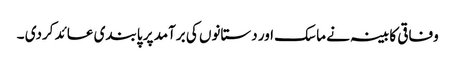
وفاقی کابینہ نے ماسک اور دستانوں کی برآمد پر پابندی عائد کردی ۔